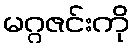
မဂ္ဂဇင်းကို